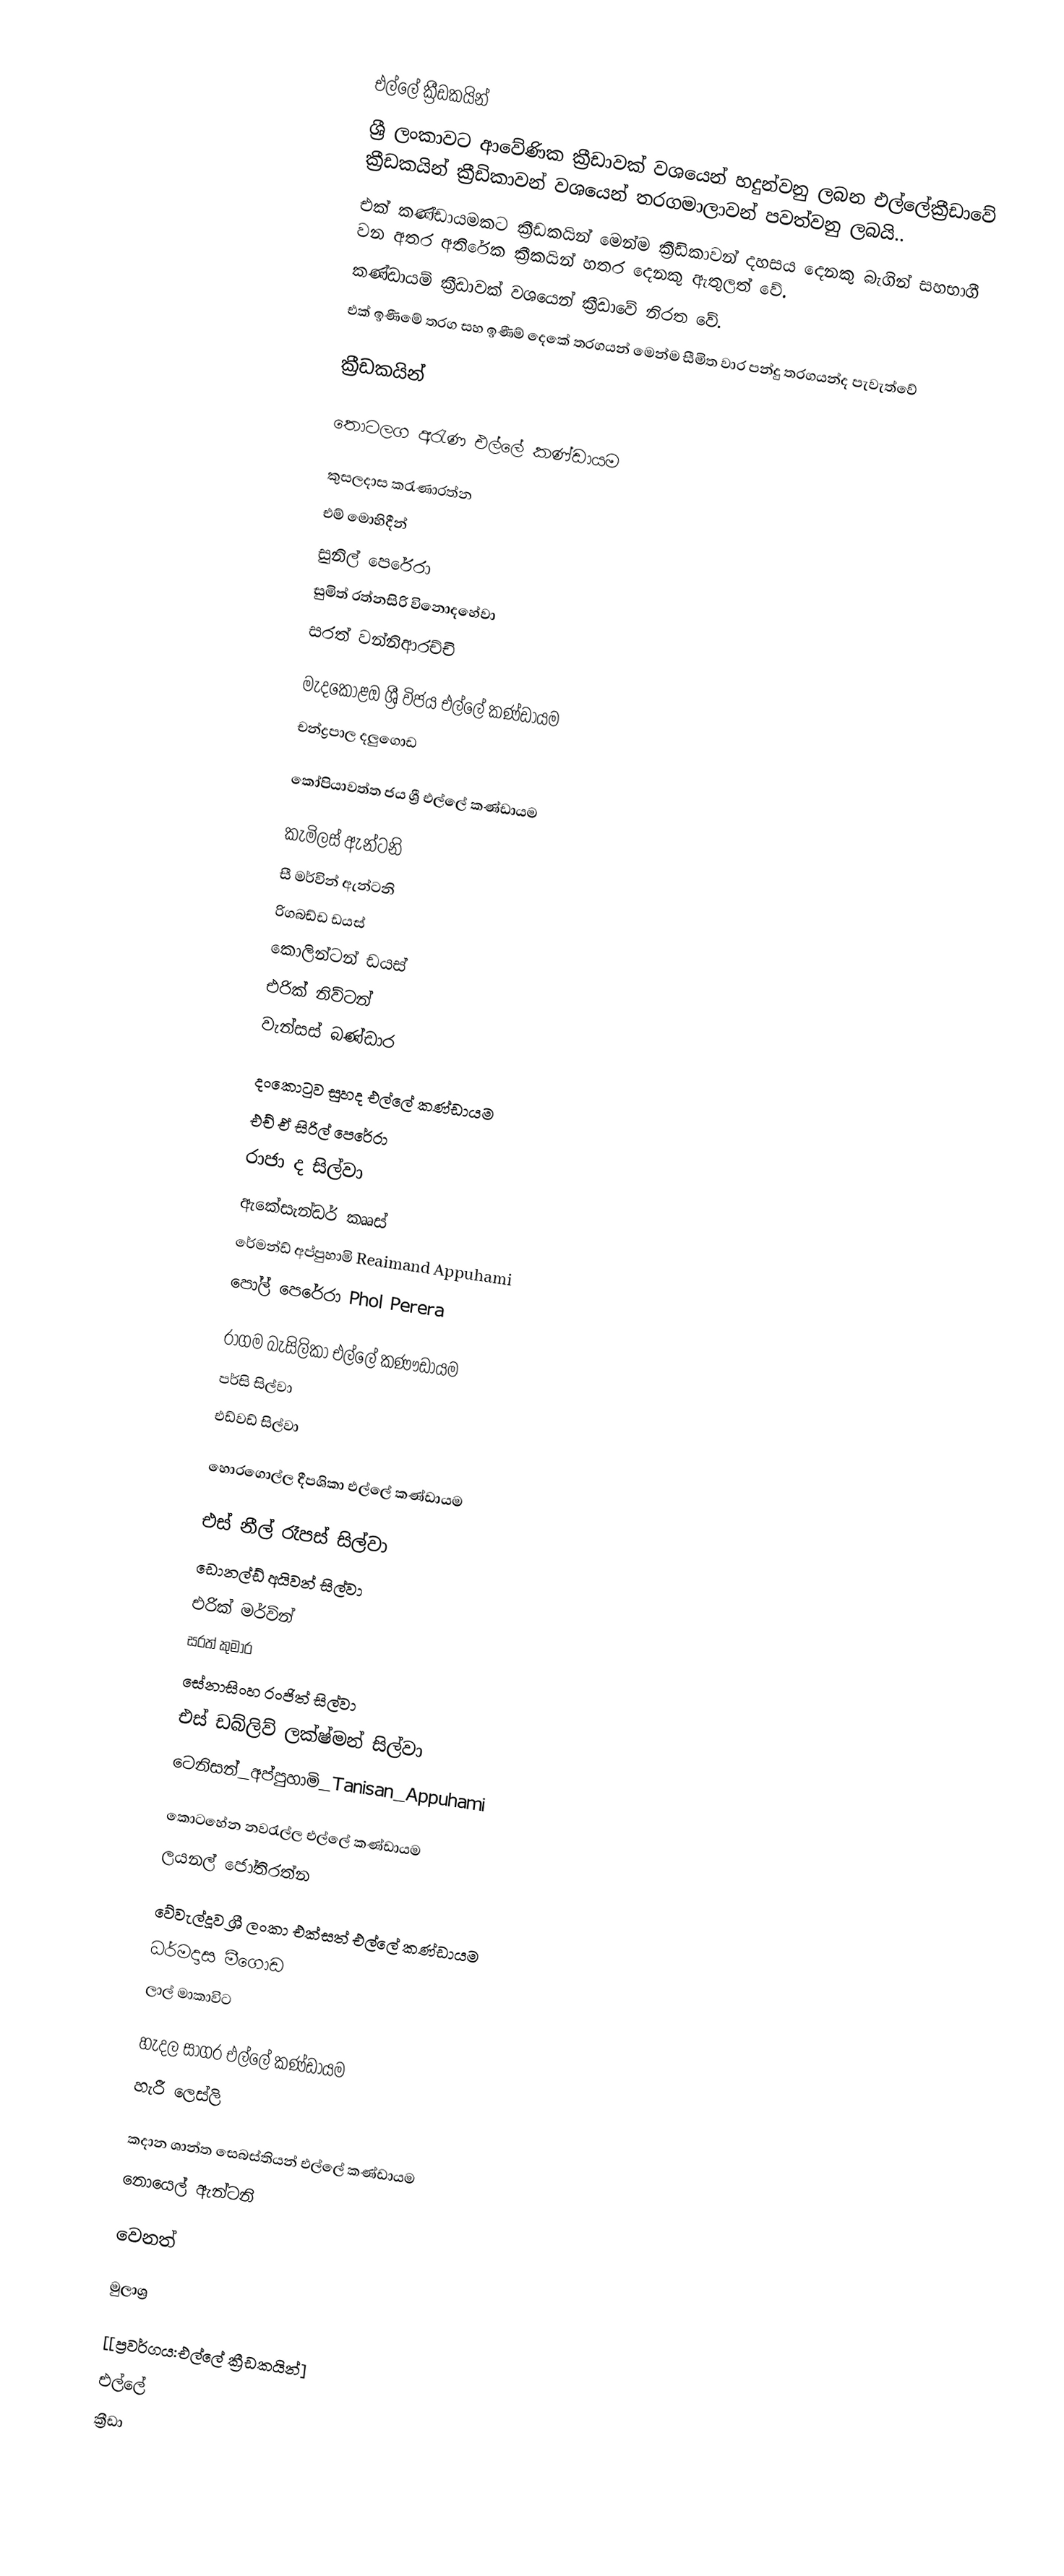

එල්ලේ ක්‍රීඩකයින්
ශ්‍රී ලංකාවට ආවේණික ක්‍රීඩාවක් වශයෙන් හදුන්වනු ලබන එල්ලේක්‍රීඩාවේ ක්‍රීඩකයින්  ක්‍රීඩිකාවන් වශයෙන් තරගමාලාවන් පවත්වනු ලබයි..
 එක් කණ්ඩායමකට ක්‍රීඩකයින් මෙන්ම ක්‍රීඩිකාවන් දහසය දෙනකු බැගින් සහභාගී වන අතර අතිරේක ක්‍රීකයින් හතර දෙනකු ඇතුලත් වේ.
 කණ්ඩායම් ක්‍රීඩාවක් වශයෙන් ක්‍රීඩාවේ නිරත වේ.
 එක් ඉණීමේ තරග සහ ඉණීම් දෙකේ තරගයන් මෙන්ම සීමිත වාර පන්දු තරගයන්ද පැවැත්වේ

ක්‍රීඩකයින්

තොටලග අරැණ එල්ලේ කණ්ඩායම

 කුසලදාස කරැණාරත්න
 එම් මොහිදීන්
 සුනිල් පෙරේරා
 සුමිත් රත්නසිරි විනොදහේවා
 සරත් වන්නිආරච්චි

මැදකොළඔ ශ්‍රී විජය එල්ලේ කණ්ඩායම
 චන්ද්‍රපාල දලුගොඩ

කෝපියාවත්ත ජය ශ්‍රී එල්ලේ කණ්ඩායම

 කැමිලස් ඇන්ටනි
 සී මර්වින් ඇන්ටනි
 රිගබඩ්ඩ ඩයස්
 කොලින්ටන් ඩයස්
 එරික් නිව්ටන්
 වැන්සස් බණ්ඩාර

දංකොටුව සුහද එල්ලේ කණ්ඩායම
 එච් ඒ සිරිල් පෙරේරා
 රාජා ද සිල්වා
 ඇකේසැන්ඩර් කෲස්
  රේමන්ඩ් අප්පුහාමි Reaimand Appuhami
  පෝල් පෙරේරා Phol Perera

රාගම බැසිලිකා එල්‍ලේ කණෟඩායම
 පර්සි සිල්වා
 එඩ්වඩ් සිල්වා

‍හොරගොල්ල දීපශිකා එල්ලේ කණ්ඩායම

 එස් නීල් රෑපස් සිල්වා
 ඩොනල්ඩ් අයිවන් සිල්වා
 එරික් මර්වින්
 සරත් කුමාර
 සේනාසිංහ රංජිත් සිල්වා
 එස් ඩබ්ලිව් ලක්ෂ්මන් සිල්වා
 ටෙනිසන්_අප්පුහාමි_Tanisan_Appuhami

කොටහේන නවරැල්ල එල්ලේ කණ්ඩායම
 ලයනල් ජෝතිරත්න

වේවැල්දූව ශ්‍රී ලංකා එක්සත් එල්ලේ කණ්ඩායම
 ධර්මදාස මීගොඩ
 ලාල් මාකාවිට

හැදල සාගර එල්ලේ කණ්ඩායම
 හැරී ලෙස්ලි

කදාන ශාන්ත සෙබස්තියන් එල්ලේ කණ්ඩායම
 නොයෙල් ඇන්ටනි

වෙනත්

මුලාශ්‍ර

[[ප්‍රවර්ගය:එල්ලේ ක්‍රීඩකයින්]
එල්ලේ
ක්‍රීඩා